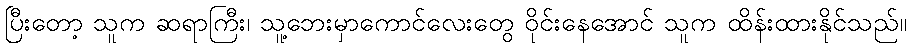
ပြီးတော့ သူက ဆရာကြီး၊ သူ့ဘေးမှာကောင်လေးတွေ ဝိုင်းနေအောင် သူက ထိန်းထားနိုင်သည်။